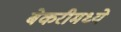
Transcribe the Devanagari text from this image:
बेकरीमध्ये